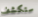
ستكشف